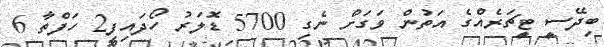
ބިދޭސީ ޓީޗަރެއްގެ އަތުން ވަގަށް ނެގި 5700 ޑޮލަރު ހޯދައިފި2 ހަފްތާ 6